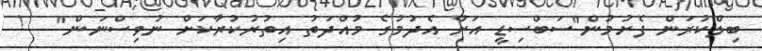
ބިލްކުރަން ފެށުމުން"ސަބްސިޑީ އަށް އެދުމުގެ މުއްދަތު އިތުރުކުރާކަށް ނުވިސްނަން"   !